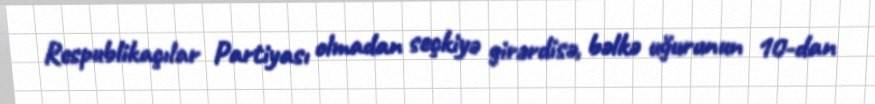
Respublikaçılar Partiyası olmadan seçkiyə girərdisə, bəlkə uğurunun 10-dan